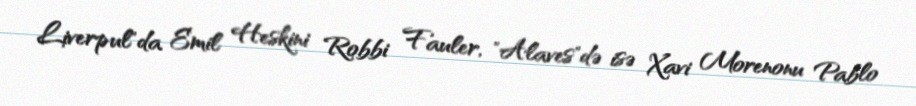
Liverpul"da Emil Heskini Robbi Fauler, "Alaves"də isə Xavi Morenonu Pablo